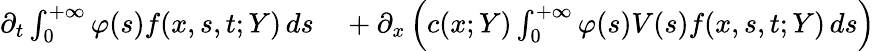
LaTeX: \begin{array}{rl}{\partial_{t}\int_{0}^{+\infty}\varphi(s)f(x,s,t;Y)\, ds}&{{}+\partial_{x}\left(c(x;Y)\int_{0}^{+\infty}\varphi(s)V(s)f(x,s,t;Y)\, ds\right)}\end{array}